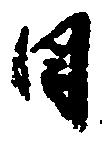
日